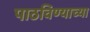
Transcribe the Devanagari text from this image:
पाठविण्याच्या